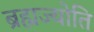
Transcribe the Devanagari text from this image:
ब्रह्मज्योति